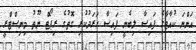
އަންނަ ކުއާޓާގެ ފައިސާ ލިބެނީ ފައިސާ ހަރަދުކުރި ގޮތުގެ ރިޕޯޓް ޔޫތު މިނިސްޓްރީ